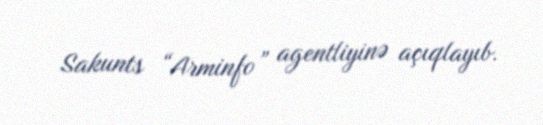
Sakunts “Arminfo” agentliyinə açıqlayıb.